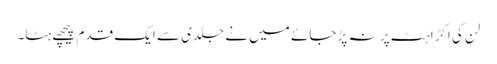
لن کی اکڑاہٹ پر نہ پڑ جائے میں نے جلدی سے ایک قدم پیچھے ہٹا۔